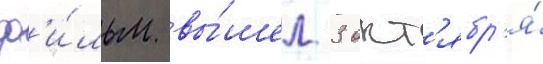
ф'и́льм вы́шел 3 окт'ябр'я́